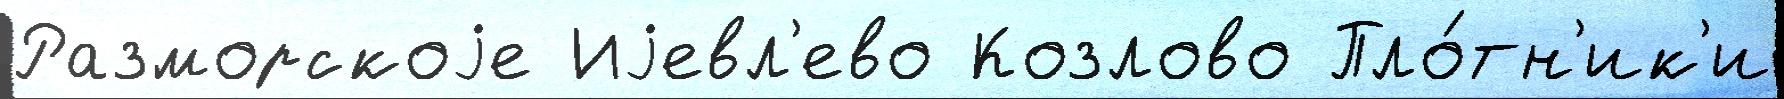
Разморскоjе Иjевл'ево Козлово Пло́тн'ик'и